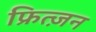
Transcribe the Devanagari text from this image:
फ्रित्ज़न